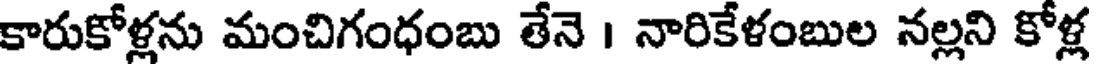
కారుకోళ్లను మంచిగంధంబు తేనె । నారికేళంబుల నల్లని కోళ్ల